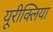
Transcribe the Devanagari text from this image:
यूरीक्लिया